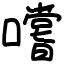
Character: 嚐